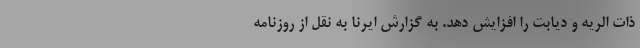
ذات الریه و دیابت را افزایش دهد. به گزارش ایرنا به نقل از روزنامه